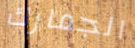
الجمارك